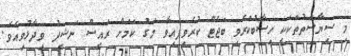
މި ސިޔާސަތުތަކަކީ ހިސާބުކުރެވި ބަޖެޓް ކުރެވިފައިވާ މަގު ކަމަށް ރައީސް ނަޝީދު ވިދާޅުވިއެވެ.